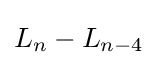
L_{n}-L_{n-4}